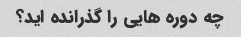
چه دوره هایی را گذرانده اید؟